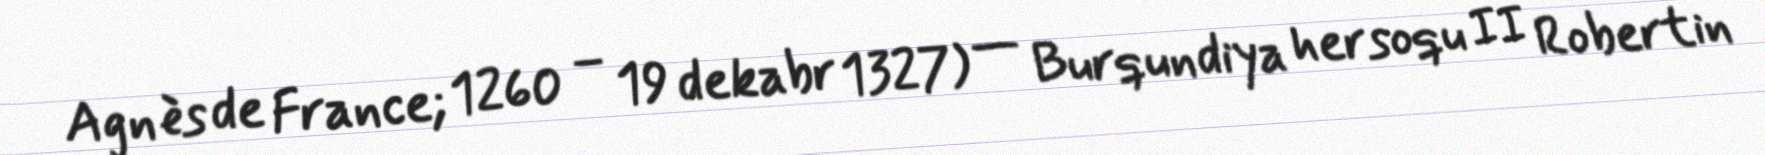
Agnès de France; 1260 – 19 dekabr 1327) — Burqundiya hersoqu II Robertin